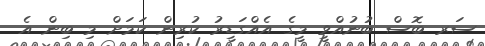
ސަރ ބޮސް ބުނުއްވީ މީގެ އެއްގަޑީރު ކުރިން ކަމަށް މި ބިން އެ